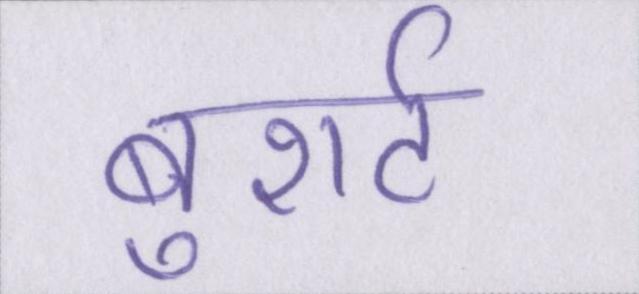
बुशर्ट